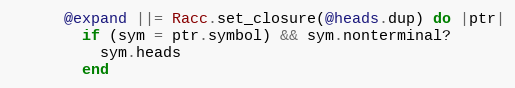
Language: Ruby
      @expand ||= Racc.set_closure(@heads.dup) do |ptr|
        if (sym = ptr.symbol) && sym.nonterminal?
          sym.heads
        end